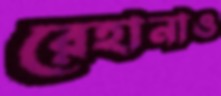
রেহানাও